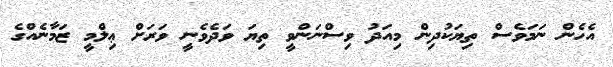
އެހެން ނަމަވެސް ތިޔަކުދިން މިއަދު ވިސްނަންވީ ތިޔަ ވަދެވެނީ ވަރަށް ޢިލްމީ ޒަމާނެއްގެ